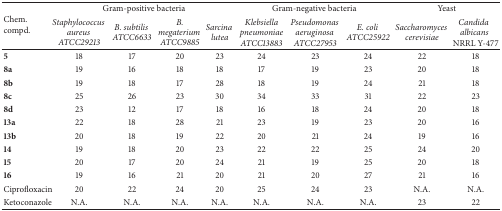
| <ROWSPAN=2> Chem. compd. | <COLSPAN=4> Gram-positive bacteria | <COLSPAN=3> Gram-negative bacteria | <COLSPAN=2> Yeast |
 | Staphylococcus aureus ATCC29213 | B. subtilis ATCC6633 | B. megaterium ATCC9885 | Sarcina lutea | Klebsiella pneumoniae ATCC13883 | Pseudomonas aeruginosa ATCC27953 | E. coli ATCC25922 | Saccharomyces cerevisiae | Candida albicans NRRL Y-477 |
 | --- | --- | --- | --- | --- | --- | --- | --- | --- | --- |
 | 5 | 18 | 17 | 20 | 23 | 24 | 23 | 24 | 22 | 18 |
 | 8a | 19 | 16 | 18 | 18 | 17 | 19 | 23 | 20 | 18 |
 | 8b | 19 | 18 | 17 | 28 | 18 | 19 | 24 | 21 | 18 |
 | 8c | 25 | 26 | 23 | 30 | 34 | 33 | 31 | 22 | 23 |
 | 8d | 23 | 12 | 17 | 18 | 16 | 18 | 24 | 20 | 18 |
 | 13a | 22 | 18 | 28 | 21 | 23 | 19 | 23 | 20 | 16 |
 | 13b | 20 | 18 | 19 | 22 | 20 | 21 | 24 | 19 | 16 |
 | 14 | 19 | 18 | 20 | 23 | 22 | 22 | 25 | 24 | 20 |
 | 15 | 20 | 17 | 20 | 24 | 21 | 19 | 25 | 20 | 18 |
 | 16 | 19 | 16 | 21 | 20 | 21 | 20 | 27 | 21 | 16 |
 | Ciprofloxacin | 20 | 22 | 24 | 20 | 25 | 24 | 23 | N.A. | N.A. |
 | Ketoconazole | N.A. | N.A. | N.A. | N.A. | N.A. | N.A. | N.A. | 23 | 22 |